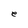
Character: e